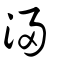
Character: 濅